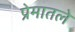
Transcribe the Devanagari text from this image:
प्रेमातले